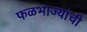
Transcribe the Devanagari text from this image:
फळभाज्यांची